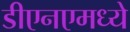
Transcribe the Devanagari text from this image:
डीएनएमध्ये